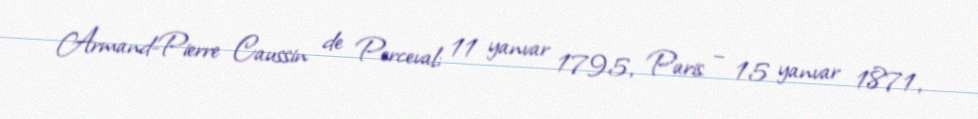
Armand-Pierre Caussin de Perceval; 11 yanvar 1795, Paris – 15 yanvar 1871,